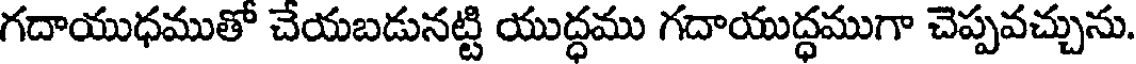
గదాయుధముతో చేయబడునట్టి యుద్ధము గదాయుద్ధముగా చెప్పవచ్చును